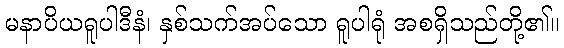
မနာပိယရူပါဒီနံ၊ နှစ်သက်အပ်သော ရူပါရုံ အစရှိသည်တို့၏။